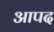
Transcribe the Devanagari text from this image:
आपद